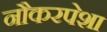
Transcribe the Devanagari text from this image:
नौकरपेशा